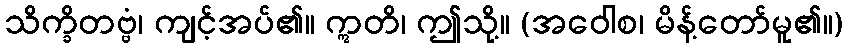
သိက္ခိတဗ္ဗံ၊ ကျင့်အပ်၏။ ဣတိ၊ ဤသို့။ (အဝေါစ၊ မိန့်တော်မူ၏။)